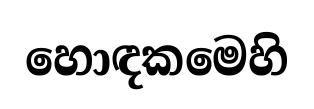
හොඳකමෙහි